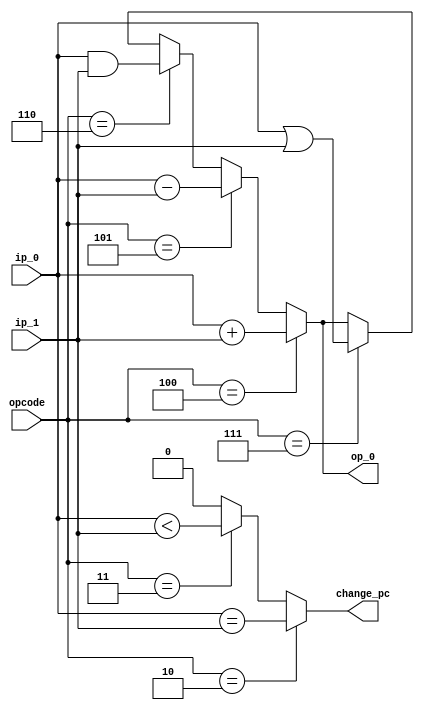
`timescale 1ns / 1ps

/*
ALU Module

Performs arithmetic operations for add,
sub, and, or operations. Also performs 
comparison operation for beq, blt.
*/

module ALU(
    input wire [31:0] ip_0,
    input wire [31:0] ip_1,
    input wire [2:0] opcode,
    output wire [31:0] op_0,
    output wire change_pc
    );
    
    // Use assign statement to perform add, sub,
    // and, or operations on ip_0 and ip_1 based 
    // on the instruction/opcode
    assign op_0 = (opcode == 3'b100) ? (ip_0 + ip_1): // add
                  (opcode == 3'b101) ? (ip_0 - ip_1): // sub
                  (opcode == 3'b110) ? (ip_0 & ip_1): // and
                  (opcode == 3'b111) ? (ip_0 | ip_1): // or
                                                op_0;
    
    // Change_pc is required for the branch operations for 
    // the two control instructions. If ip_0 and ip_1 are equal 
    //  when the instruction is "beq" or ip_0 < ip_1 when 
    // instruction is "blt", the change_pc goes high 
    
    assign change_pc = opcode == 2 ? (ip_0 == ip_1): // beq
                      (opcode == 3 ? (ip_0 < ip_1) : // blt
                       0);
    
    
endmodule